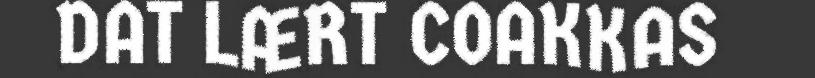
DAT LÆRT COAKKAS